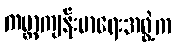
ကမ္ဘာ့ကျန်းမာရေးအဖွဲ့က